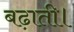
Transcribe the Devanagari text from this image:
बढ़ाती।